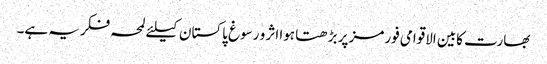
بھارت کابین الاقوامی فورمز پر بڑھتا ہوا اثر و رسوغ پاکستان کیلئے لمحہ فکریہ ہے۔